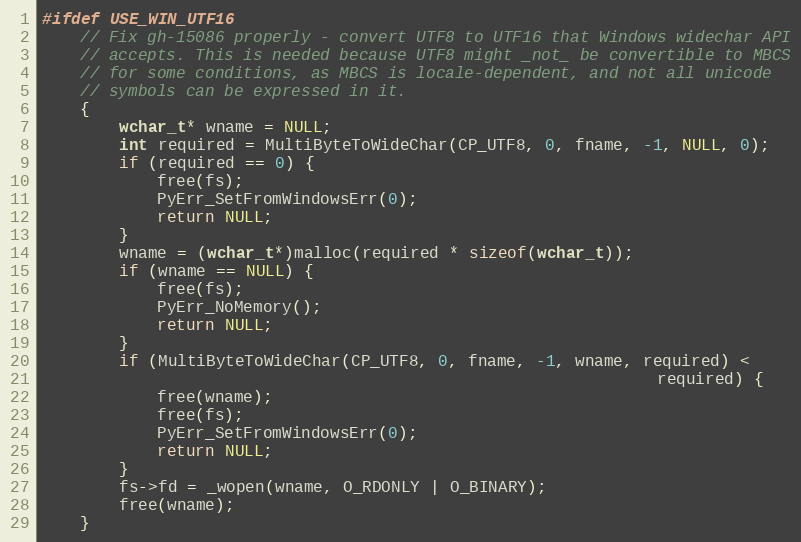
Language: C
#ifdef USE_WIN_UTF16
    // Fix gh-15086 properly - convert UTF8 to UTF16 that Windows widechar API
    // accepts. This is needed because UTF8 might _not_ be convertible to MBCS
    // for some conditions, as MBCS is locale-dependent, and not all unicode
    // symbols can be expressed in it.
    {
        wchar_t* wname = NULL;
        int required = MultiByteToWideChar(CP_UTF8, 0, fname, -1, NULL, 0);
        if (required == 0) {
            free(fs);
            PyErr_SetFromWindowsErr(0);
            return NULL;
        }
        wname = (wchar_t*)malloc(required * sizeof(wchar_t));
        if (wname == NULL) {
            free(fs);
            PyErr_NoMemory();
            return NULL;
        }
        if (MultiByteToWideChar(CP_UTF8, 0, fname, -1, wname, required) <
                                                                required) {
            free(wname);
            free(fs);
            PyErr_SetFromWindowsErr(0);
            return NULL;
        }
        fs->fd = _wopen(wname, O_RDONLY | O_BINARY);
        free(wname);
    }